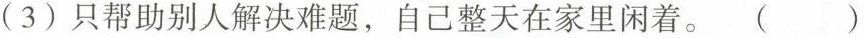
(3)只帮助别人解决难题，自己整天在家里闲着。( )